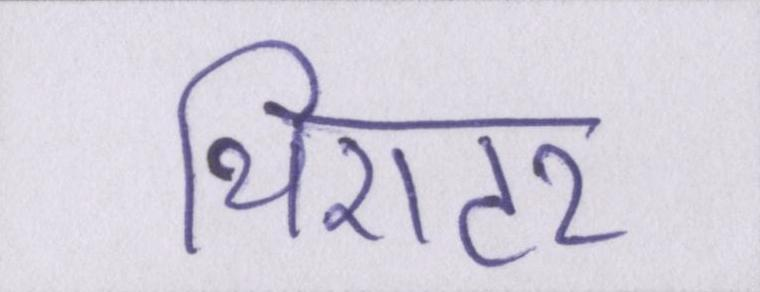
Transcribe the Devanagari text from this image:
थिएटर